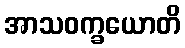
အာသဝက္ခယောတိ